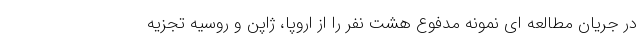
در جریان مطالعه ای نمونه مدفوع هشت نفر را از اروپا، ژاپن و روسیه تجزیه